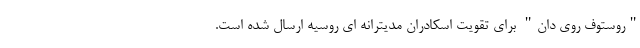
"روستوف روی دان" برای تقویت اسکادران مدیترانه ای روسیه ارسال شده است.